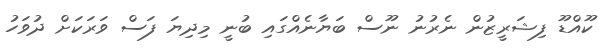
ކޫއްޑޫ ފިޝަރީޒުން ނެރުނު ނޫސް ބަޔާނެއްގައި ބުނީ މިދިޔަ ފަސް ވަރަކަށް ދުވަހު